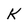
Character: K